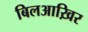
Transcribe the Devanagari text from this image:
बिलआख़िर